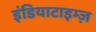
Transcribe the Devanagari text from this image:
इंडियाटाइम्‍ज़